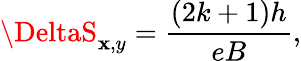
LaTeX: \DeltaS_{\mathbf{x},y}=\frac{{(2k+1)h}}{{eB}},